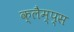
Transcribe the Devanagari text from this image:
क्लैम्प्स